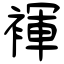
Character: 褌